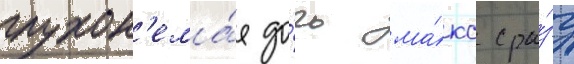
глухон'ема́я до́чь ма́кс сра́зу